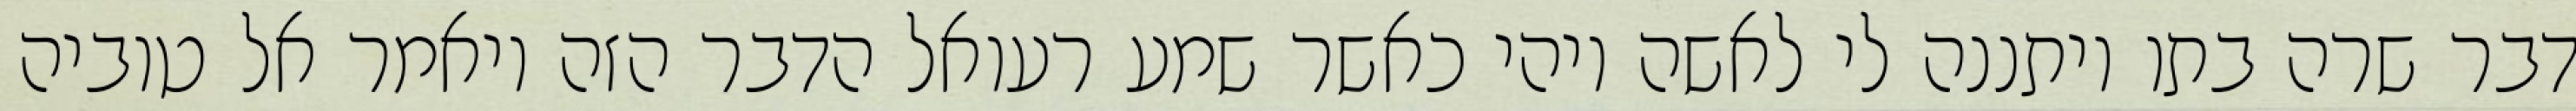
דבר שרה בתו ויתננה לי לאשה ויהי כאשר שמע רעואל הדבר הזה ויאמר אל טוביה